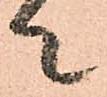
て